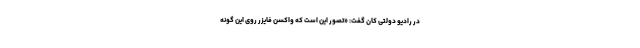
در رادیو دولتی کان گفت: «تصور این است که واکسن فایزر روی این گونه